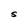
Character: S